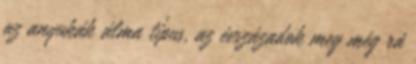
az anyukák álma típus, az évszázadok meg még rá